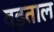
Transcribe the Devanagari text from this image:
वड़ताल